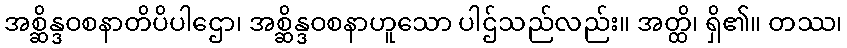
အစ္ဆိန္ဒဝစနာတိပိပါဌော၊ အစ္ဆိန္ဒဝစနာဟူသော ပါဌ်သည်လည်း။ အတ္ထိ၊ ရှိ၏။ တဿ၊